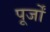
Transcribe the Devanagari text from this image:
पूर्जों